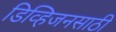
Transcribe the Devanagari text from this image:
डिव्हिजनसाठी